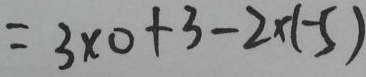
= 3 \times 0 + 3 - 2 \times ( - 5 )